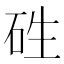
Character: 𥑥